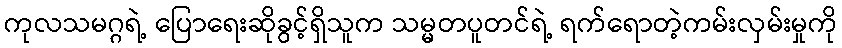
ကုလသမဂ္ဂရဲ့ ပြောရေးဆိုခွင့်ရှိသူက သမ္မတပူတင်ရဲ့ ရက်ရောတဲ့ကမ်းလှမ်းမှုကို